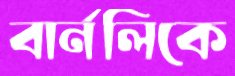
বার্নলিকে